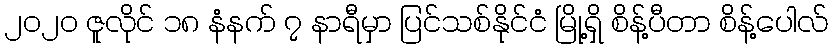
၂၀၂၀ ဇူလိုင် ၁၈ နံနက် ၇ နာရီမှာ ပြင်သစ်နိုင်ငံ မြို့ရှိ စိန့်ပီတာ စိန့်ပေါလ်